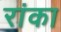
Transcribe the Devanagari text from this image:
रांका